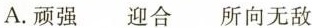
A.顽强迎合所向无敌